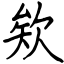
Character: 欸